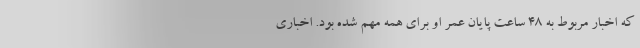
که اخبار مربوط به ۴۸ ساعت پایان عمر او برای همه مهم شده بود. اخباری